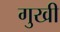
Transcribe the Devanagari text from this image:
गुखी